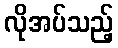
လိုအပ်သည့်